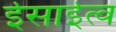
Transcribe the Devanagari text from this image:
ईसाईत्व